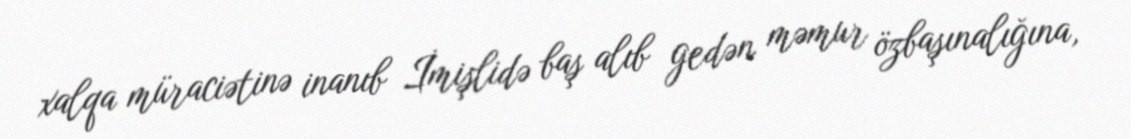
xalqa müraciətinə inanıb İmişlidə baş alıb gedən məmur özbaşınalığına,